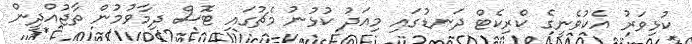
ކުޅިވަރު އެކުވެނީގެ ކްރިކެޓް ދަނޑުގައި މިއަދު ކުޅުނު މެޗުގައި ޓޮސް ދިމާވުމުން ތާޖުއްދީން